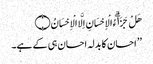
هَلْ جَزَاۗءُ الْاِحْسَانِ اِلَّا الْاِحْسَانُ ۝
’’ احسان کا بدلہ احسان ہی کے ہے۔